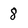
Character: 8